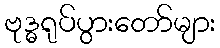
ဗုဒ္ဓရုပ်ပွားတော်များ